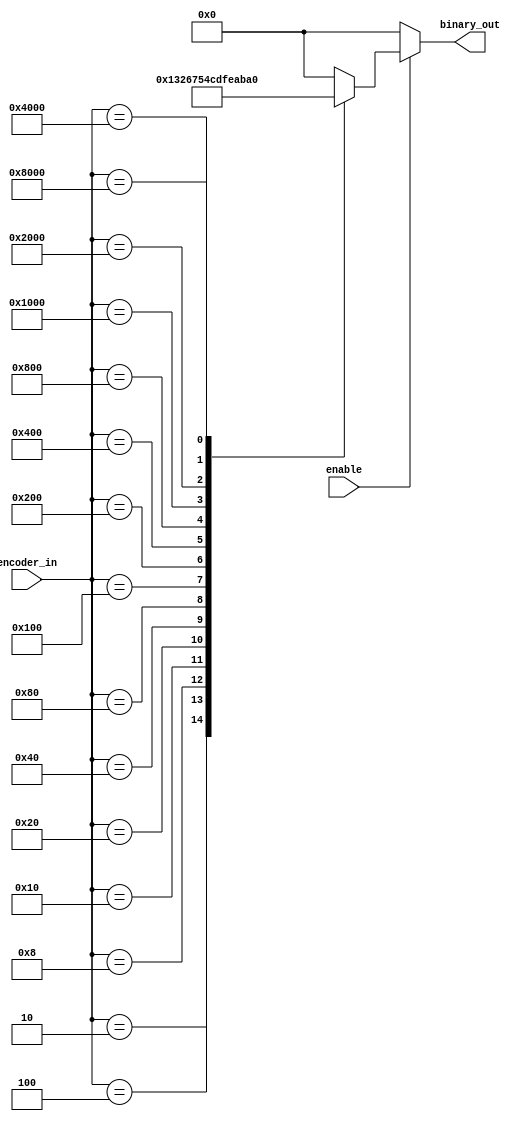
module gray_case(
   input [15:0] encoder_in,
   output reg [3:0] binary_out,
   input enable
);


	always @ (*)
	begin
		binary_out = 0;
		if (enable) begin
			case (encoder_in)
				16'h1    : binary_out = 4'b0000;
				16'h2    : binary_out = 4'b0001;
				16'h4    : binary_out = 4'b0011;
				16'h8    : binary_out = 4'b0010;
				16'h10   : binary_out = 4'b0110;
				16'h20   : binary_out = 4'b0111;
				16'h40   : binary_out = 4'b0101;
				16'h80   : binary_out = 4'b0100;
				16'h100  : binary_out = 4'b1100;
				16'h200  : binary_out = 4'b1101;
				16'h400  : binary_out = 4'b1111;
				16'h800  : binary_out = 4'b1110;
				16'h1000 : binary_out = 4'b1010;
				16'h2000 : binary_out = 4'b1011;
				16'h4000 : binary_out = 4'b1001;
				16'h8000 : binary_out = 4'b1000;
			endcase
	end
 end

 endmodule